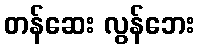
တန်ဆေး လွန်ဘေး